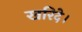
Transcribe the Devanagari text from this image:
खरिदे।